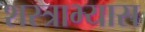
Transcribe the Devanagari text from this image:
शस्त्राभ्यास